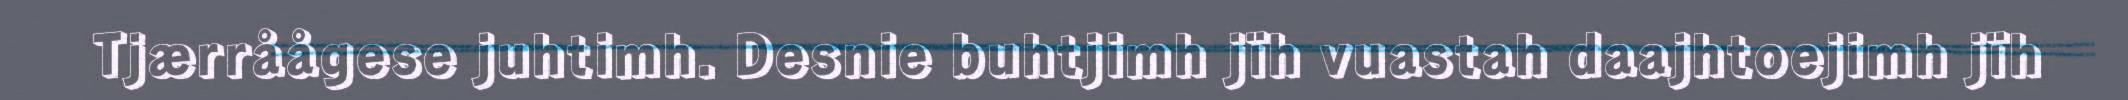
Tjærråågese juhtimh. Desnie buhtjimh jïh vuastah daajhtoejimh jïh